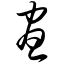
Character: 昼